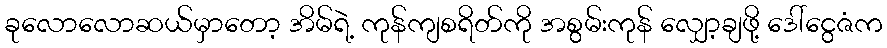
ခုလောလောဆယ်မှာတော့ အိမ်ရဲ့ ကုန်ကျစရိတ်ကို အစွမ်းကုန် လျှော့ချဖို့ ဒေါ်ငွေဇံက